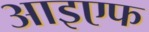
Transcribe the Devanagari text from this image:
आइएफ